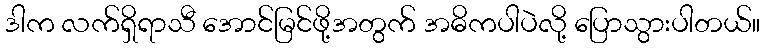
ဒါက လက်ရှိရာသီ အောင်မြင်ဖို့အတွက် အဓိကပါပဲလို့ ပြောသွားပါတယ်။